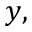
y ,